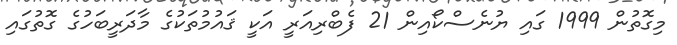
މިގޮތުން 1999 ގައި ޔުނެސްކޯއިން 21 ފެބްރިއަރީ އަކީ ޤައުމުތަކުގެ މާދަރީބަހުގެ ގޮތުގައި